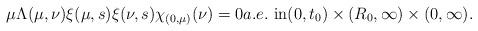
LaTeX: \begin{align*}\mu\Lambda(\mu,\nu)\xi(\mu,s)\xi(\nu,s)\chi_{(0,\mu)}(\nu)=0a.e.~\mbox{in}(0, t_{0})\times(R_{0}, \infty)\times(0, \infty).\end{align*}%\end{align*}